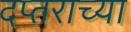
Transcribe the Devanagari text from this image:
दप्तराच्या